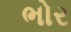
ભોર